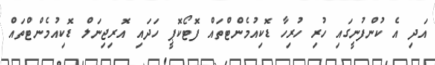
އަދި އެ ކުންފުނީގައި ހުރި ހުރިހާ ޑޮކިއުމެންޓްތައް ފޮޓޯކޮޕީ ހަދައި އޮރިޖިނަލް ޑޮކިއުމެންޓްތައް